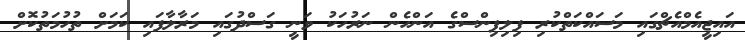
އައިޖީއެމްއެޗްގައި މަސައްކަތްކުރި ފިލިޕިންސްގެ އަންހެން ނަރުހަކު ވަނީ ގަސްދުގައި މަރާލާފައި ކަމަށް ތުހުމަތުކޮށް